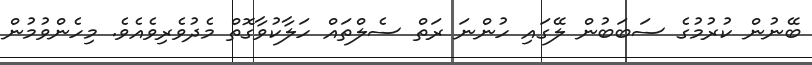
ބޭނުން ކުރުމުގެ ސަބަބުން ލޭގައި ހުންނަ ރަތް ސެލްތައް ހަލާކުވާގޮތް މެދުވެރިވެއެވެ. މިހެންވުމުން